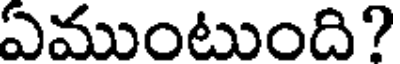
ఏముంటుంది?